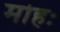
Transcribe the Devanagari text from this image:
मोहः